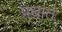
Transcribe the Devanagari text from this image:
प्रधात